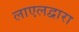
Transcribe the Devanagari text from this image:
लाएलद्वारा